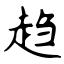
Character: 趋